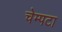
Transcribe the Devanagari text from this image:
चेम्पटा